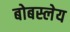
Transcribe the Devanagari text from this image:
बोबस्लेय